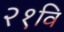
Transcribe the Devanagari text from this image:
२१वि